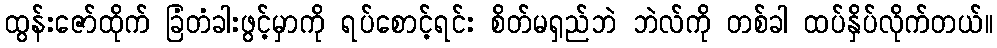
ထွန်းဇော်ထိုက် ခြံတံခါးဖွင့်မှာကို ရပ်စောင့်ရင်း စိတ်မရှည်ဘဲ ဘဲလ်ကို တစ်ခါ ထပ်နှိပ်လိုက်တယ်။